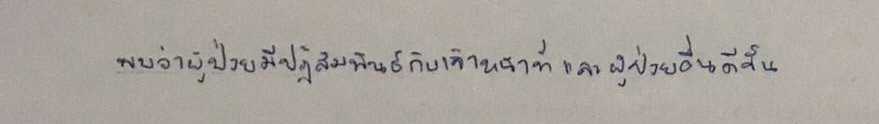
พบว่าผู้ป่วยมีปฏิสัมพันธ์กับเจ้าหน้าที่และผู้ป่วยอื่นดีขึ้น